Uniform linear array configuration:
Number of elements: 4
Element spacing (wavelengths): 0.5
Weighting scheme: binomial
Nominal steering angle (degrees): -60
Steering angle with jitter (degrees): -59.975
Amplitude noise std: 0.05
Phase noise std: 0.05

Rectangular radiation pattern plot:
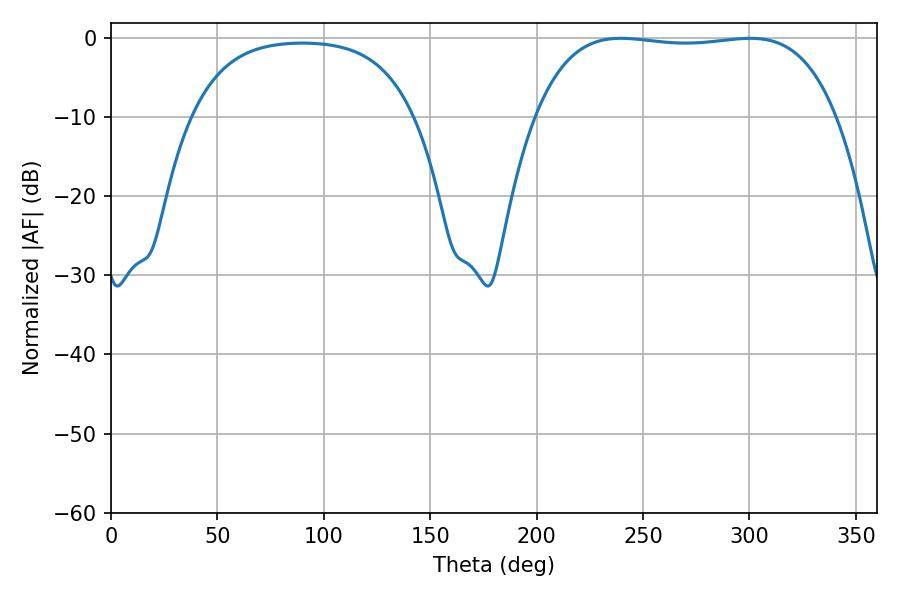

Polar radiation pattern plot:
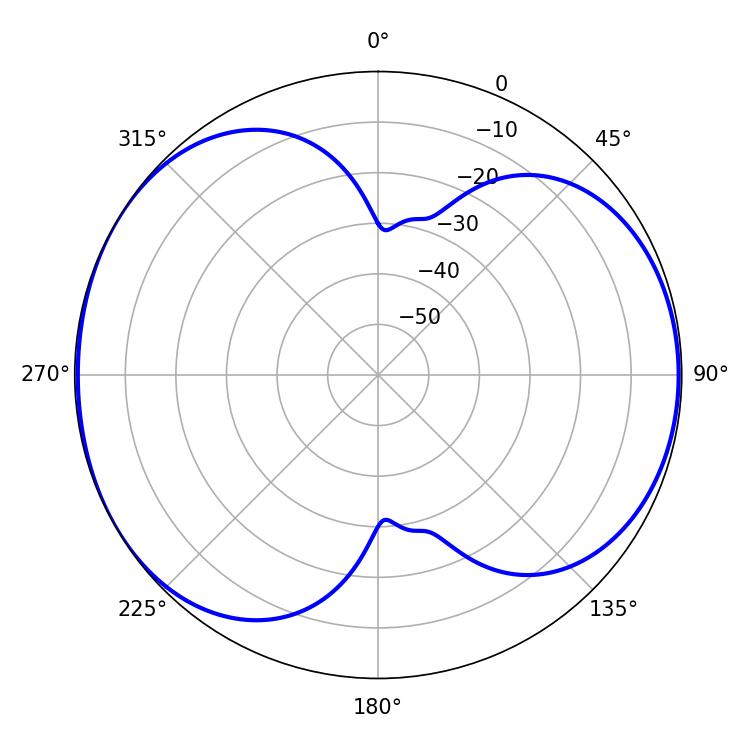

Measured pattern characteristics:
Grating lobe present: FALSE
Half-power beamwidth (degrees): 111.96
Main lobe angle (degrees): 239.58